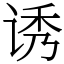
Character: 诱